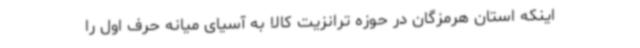
اینکه استان هرمزگان در حوزه ترانزیت کالا به آسیای میانه حرف اول را